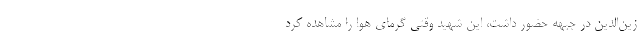
زین‌الدین در جبهه حضور داشت، این شهید وقتی گرمای هوا را مشاهده کرد